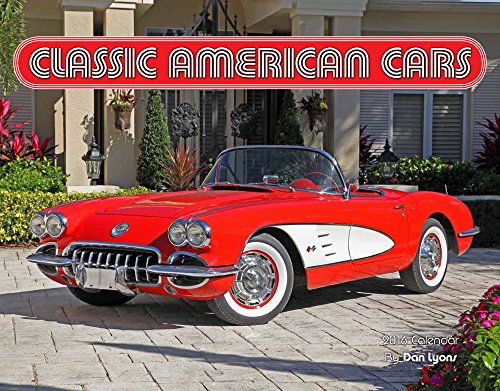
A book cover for Classic American Cars 2016 Calendar 11x14; Dan Lyons; Calendars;